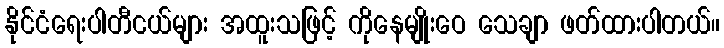
နိုင်ငံရေးပါတီငယ်များ အထူးသဖြင့် ကိုနေမျိုးဝေ သေချာ ဖတ်ထားပါတယ်။